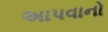
અાપવાનો